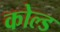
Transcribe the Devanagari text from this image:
कोल्‍ड